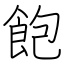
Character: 飽